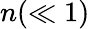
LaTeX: n(\ll 1)